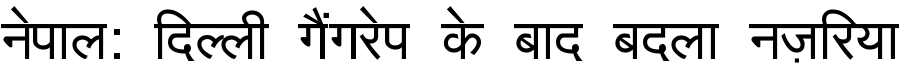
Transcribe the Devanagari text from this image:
नेपाल: दिल्ली गैंगरेप के बाद बदला नज़रिया